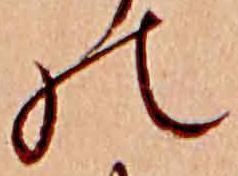
の